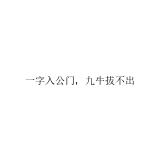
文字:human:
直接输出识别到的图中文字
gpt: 一字入公门，九牛拔不出